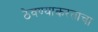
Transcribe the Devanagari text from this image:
ठेवण्याकरताचा